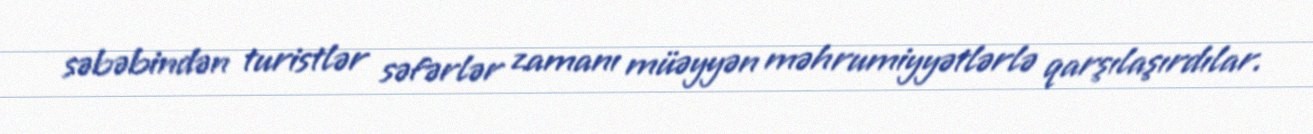
səbəbindən turistlər səfərlər zamanı müəyyən məhrumiyyətlərlə qarşılaşırdılar.